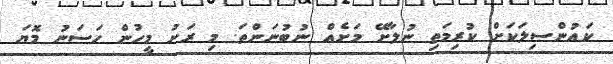
ކައުންސިލަކަށް ކުރިމަތި ނުލާށޭ މަށެއް ނުބުނަންތަ. މި ރަށު މީހުން ހަސަނު މޮޔަ